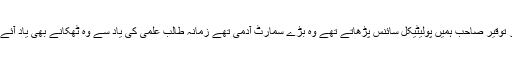
سنگر جواد احمد کے والد پروفیسر توقیر صاحب ہمیں پولیٹیکل سائنس پڑھاتے تھے وہ بڑے سمارٹ آدمی تھے زمانہ طالب علمی کی یاد سے وہ ٹھکانے بھی یاد آئے جہاں لذت کام و دہن کا اہتمام تھا۔